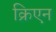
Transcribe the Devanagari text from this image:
क्रिएन